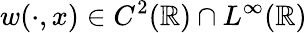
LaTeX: w(\cdot,x)\in C^{2}(\mathbb{R})\cap L^{\infty}(\mathbb{R})